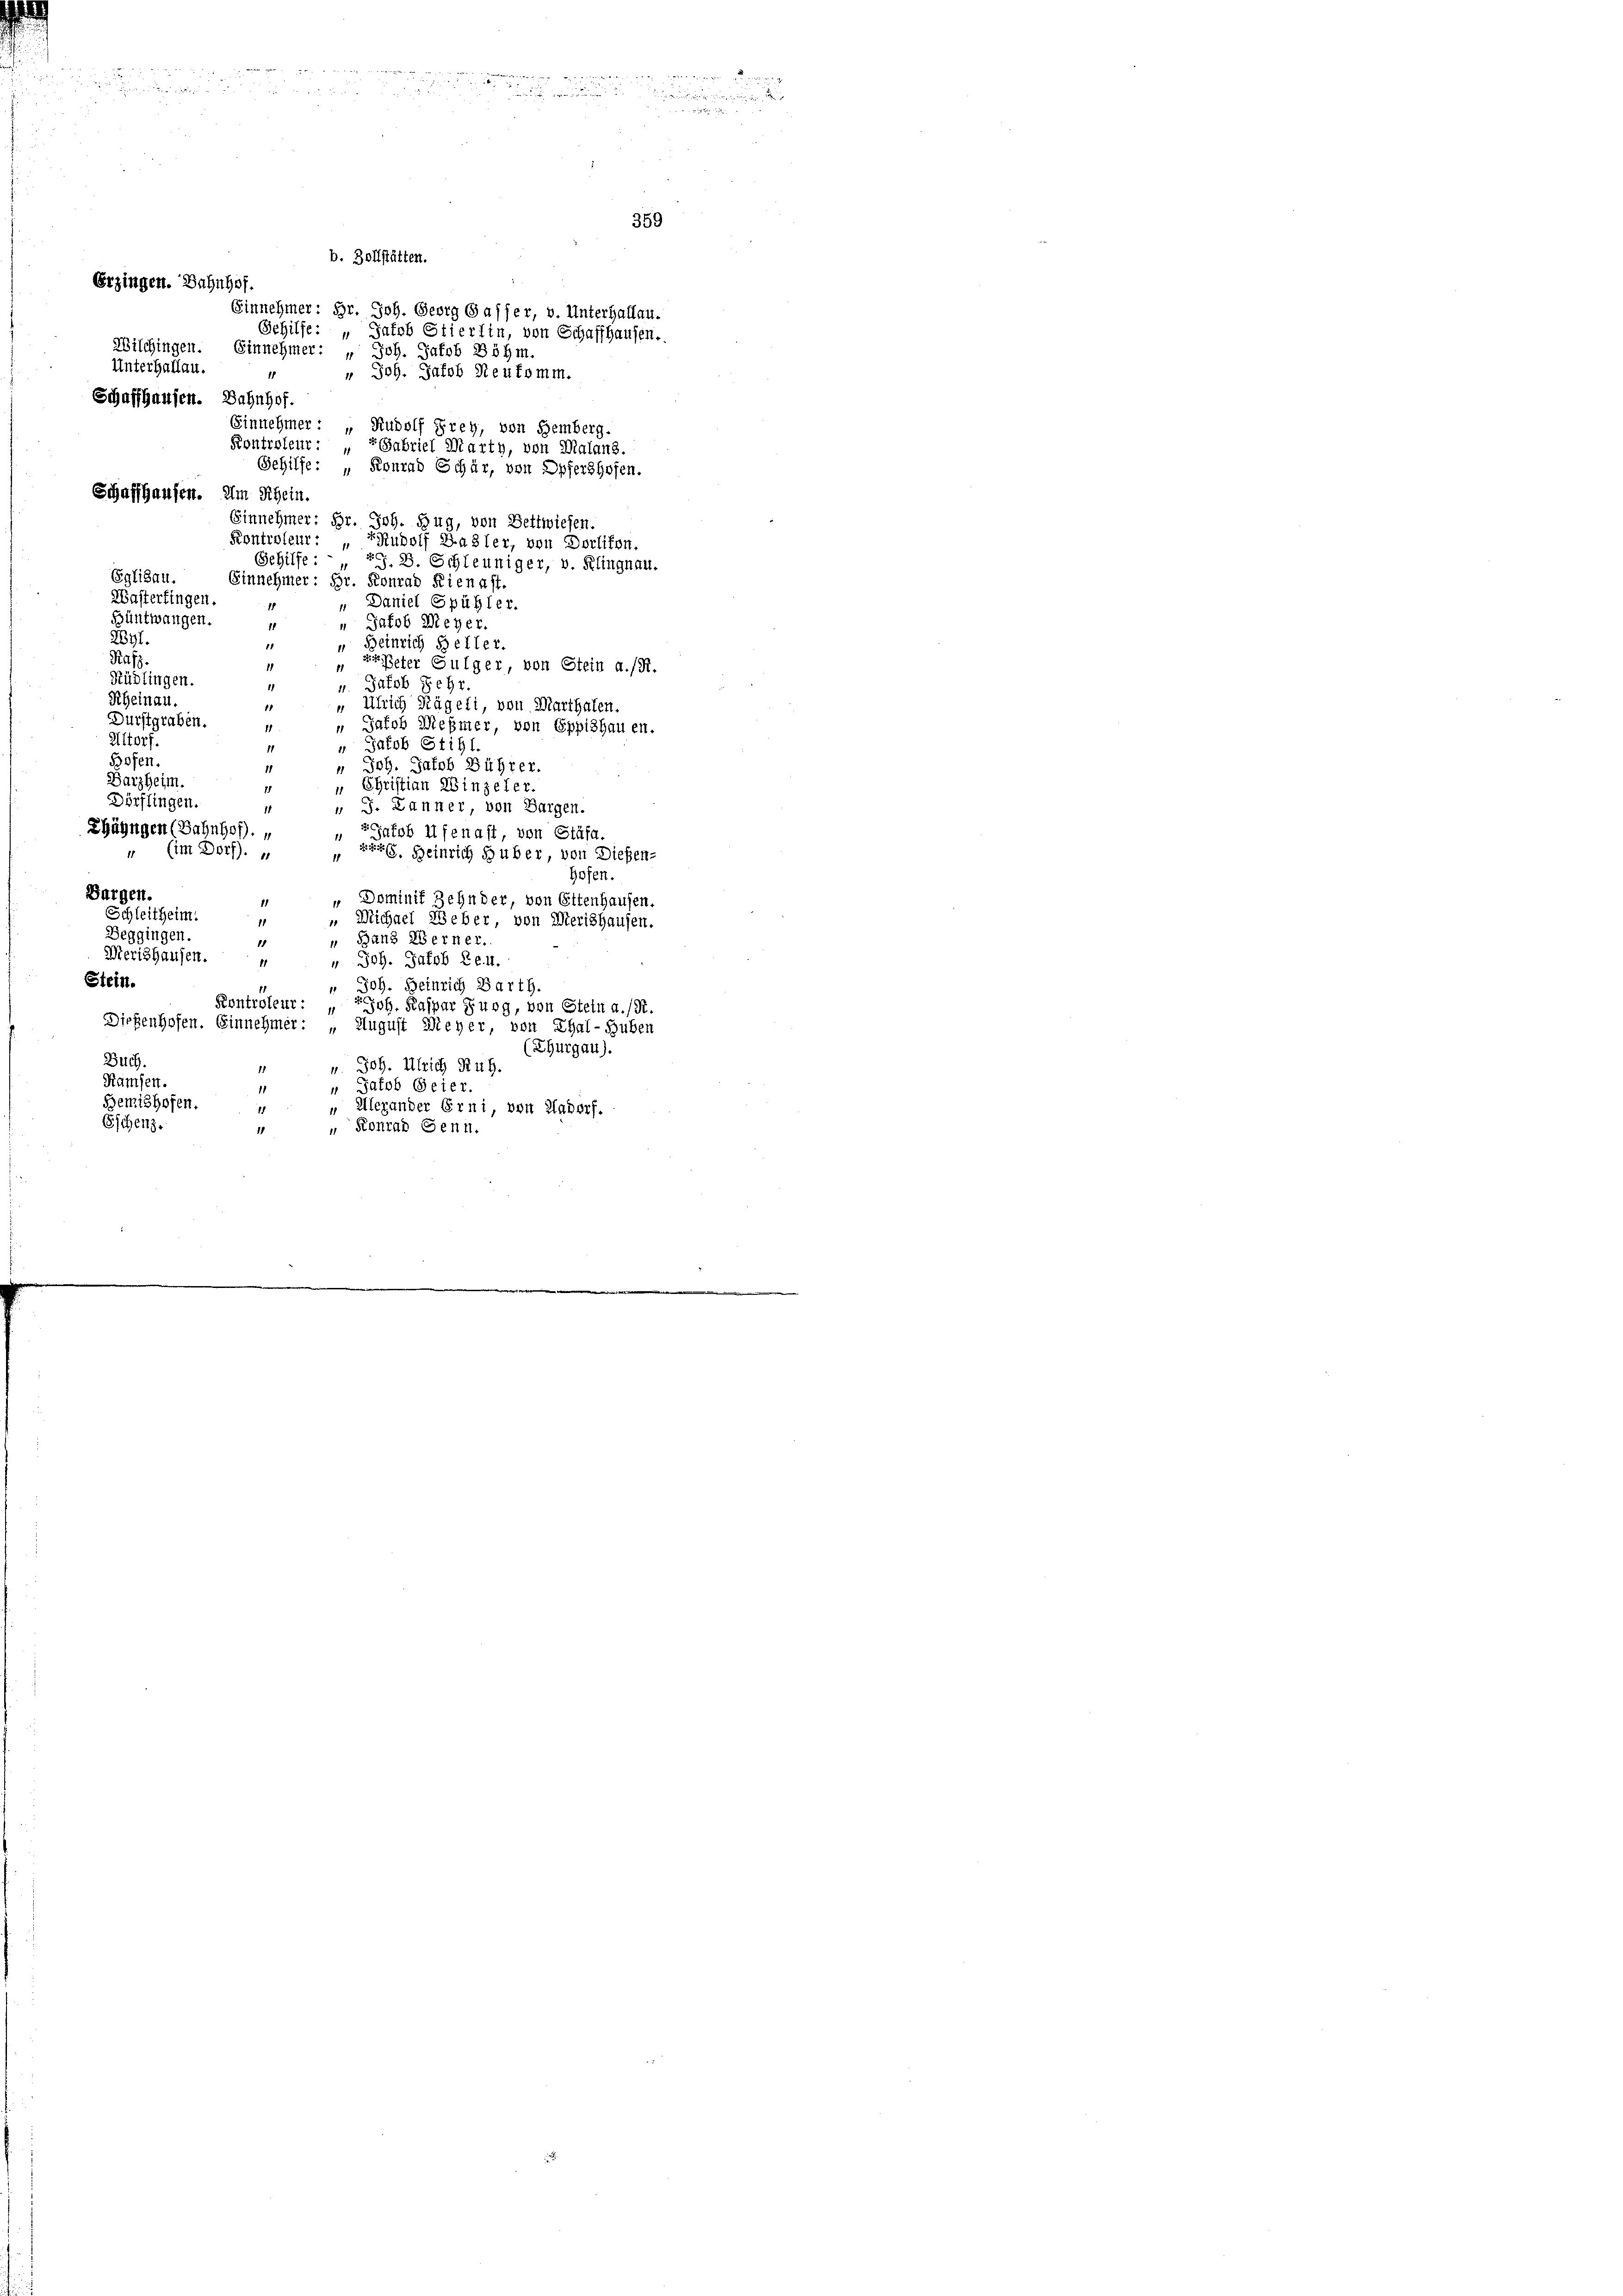
i

Wilchingen. Einnehmer: „ Joh. Jakob Böhm.
Unterhallau.
Schaffhausen. Bahnhof.
Schaffhausen. Um Rhein.
Einnehmer: Hr. Joh. Zug, von Bettwiesen.
Kontroleur: „TRudolf Basler, von Dorlikon.
Gehilfe
G. B. Schleuniger, v. Klingnau.
Eglisau.
Einnehmer: Hr. Konrad Kienast.
Wasterfingen.
Daniel Spühler.
1
11
Büntwangen.
 Jakob Meyer
2847.
Beinrich Beller.
Rufz.
 geister Gulger, von Stein a./R.
Rüdlingen.
u. Jakob Schr.
Rheinau.
Ulrich Kägeli, von Marthalen.
Durstgraben.
 Jakob Meßmer, von Eppishauen.
Altorf.
“ Jakob Stifl.
Bofen.
 Joh. Jacob Bührer
11
Barzheim.
" Christian Winzeler.
Dörflingen.
 J. Lanner, von Bargen.
1
Ehängen (Bahnhof.
„ Jakob Alfenaft, von Stäfa.
(im Dorf.
r. Heinrich Huber, von Dießen¬
Hofen.
Bargen.
 Dominis Zehnder, von Ettenhausen.
1
Schleitheim.
11
 Michael Weber, von Merishausen.
Beggingen.
„ Hans Werner.
1
Merishausen.
" Joh. Jakob Le.u.
11
Stein.
1
" Joh. Heinrich Barth.
Kontroleut: „
Joh. Kaspar Burg, von Stein a. (S.
Dießenhofen. Einnehmer: „August Meyer, von Thal-Huben
(Thurgau).
Buch.
u. Joh. Ulrich Ruh.
1
Kämsen.
“ Jakob Scier.
.
Gemishofen.
" Alexander Erni, von Hadorf.
11
Eschenz.
 Konrad Senn.
1

u
 x

b. Bollstätten.
Erzingen. Bahnhof.

Einnehmer: Hr. Joh. Georg Gasser, v. Unterhallau.
Schilfe: „Jakob Stierlin, von Schaffhausen.
" Joh. Jakob Reufomm.
Einnehmer: „Rudolf Frey, von Hemberg.
Kontroleur: „Gabriel Marth, von Malans.
Gehilfe: „Konrad Schär, von Opfershofen.

359